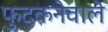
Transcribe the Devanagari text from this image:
फुदकनेवाले